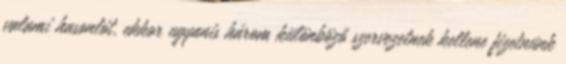
valami hasonlót, ekkor ugyanis három különböző szervezetnek kellene fizetnünk